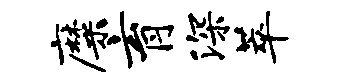
靡育深萃